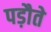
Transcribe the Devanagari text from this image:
पड़ौते